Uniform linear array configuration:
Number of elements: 16
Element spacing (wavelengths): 1
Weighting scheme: binomial
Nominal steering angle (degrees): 60
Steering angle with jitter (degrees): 58.454
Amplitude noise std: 0.05
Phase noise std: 0.05

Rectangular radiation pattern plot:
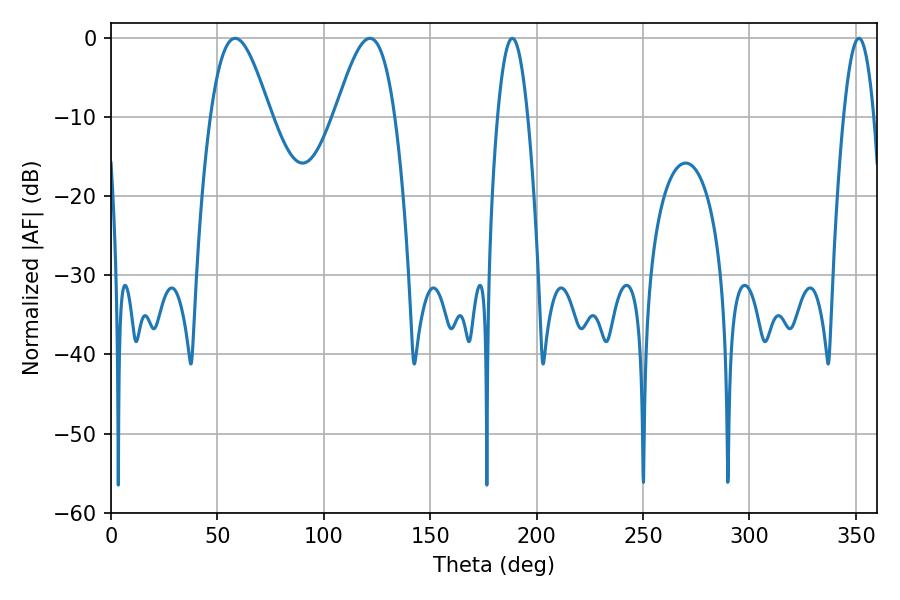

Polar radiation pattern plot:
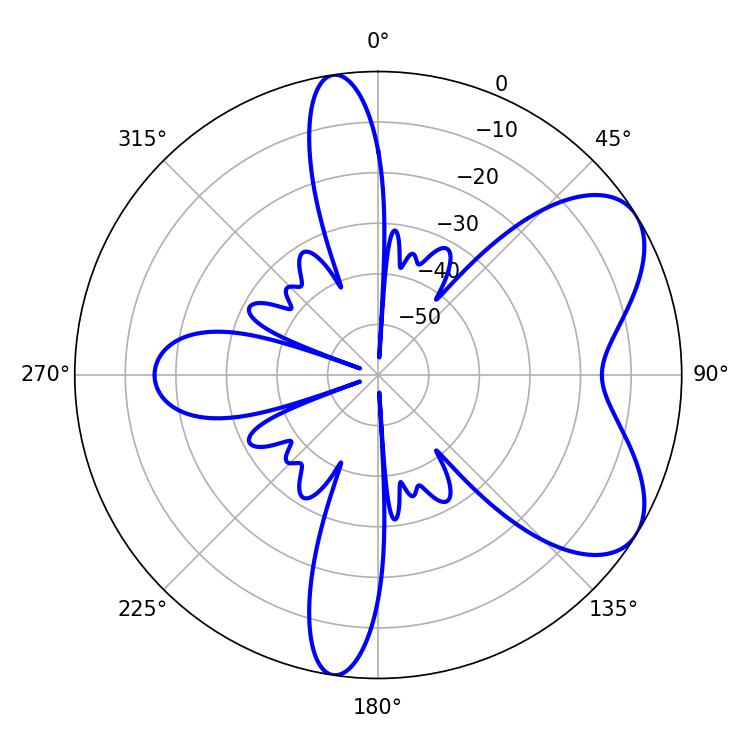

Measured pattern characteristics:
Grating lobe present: TRUE
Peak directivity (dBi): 6.406
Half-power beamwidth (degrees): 14.94
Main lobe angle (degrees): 58.32